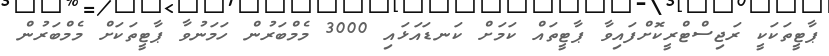
ޕާޓީތަކަކީ ރަޖިސްޓްރީކޮށްފައިވާ ޕާޓީތައް ކަމަށް ކަނޑައަޅައި 3000 މެމްބަރުން ހަމަނުވާ ޕާޓީތަކަށް މެމްބަރުން